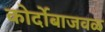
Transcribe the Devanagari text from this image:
कोर्दोबाजवळ